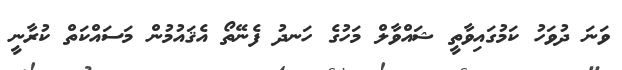
ވަނަ ދުވަހު ކަމުގައިވާތީ ޝައްވާލް މަހުގެ ހަނދު ފެނޭތޯ އެޤައުމުން މަސައްކަތް ކުރާނީ